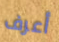
أعرف